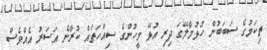
ތިކަމުގެ ސަބަބުން ހުޅުމާލޭގަ ދިރި އުޅޭ މީހުންގެ ސިއްހަތައް ކުރާނެ އަސަރު އެއްވެސް